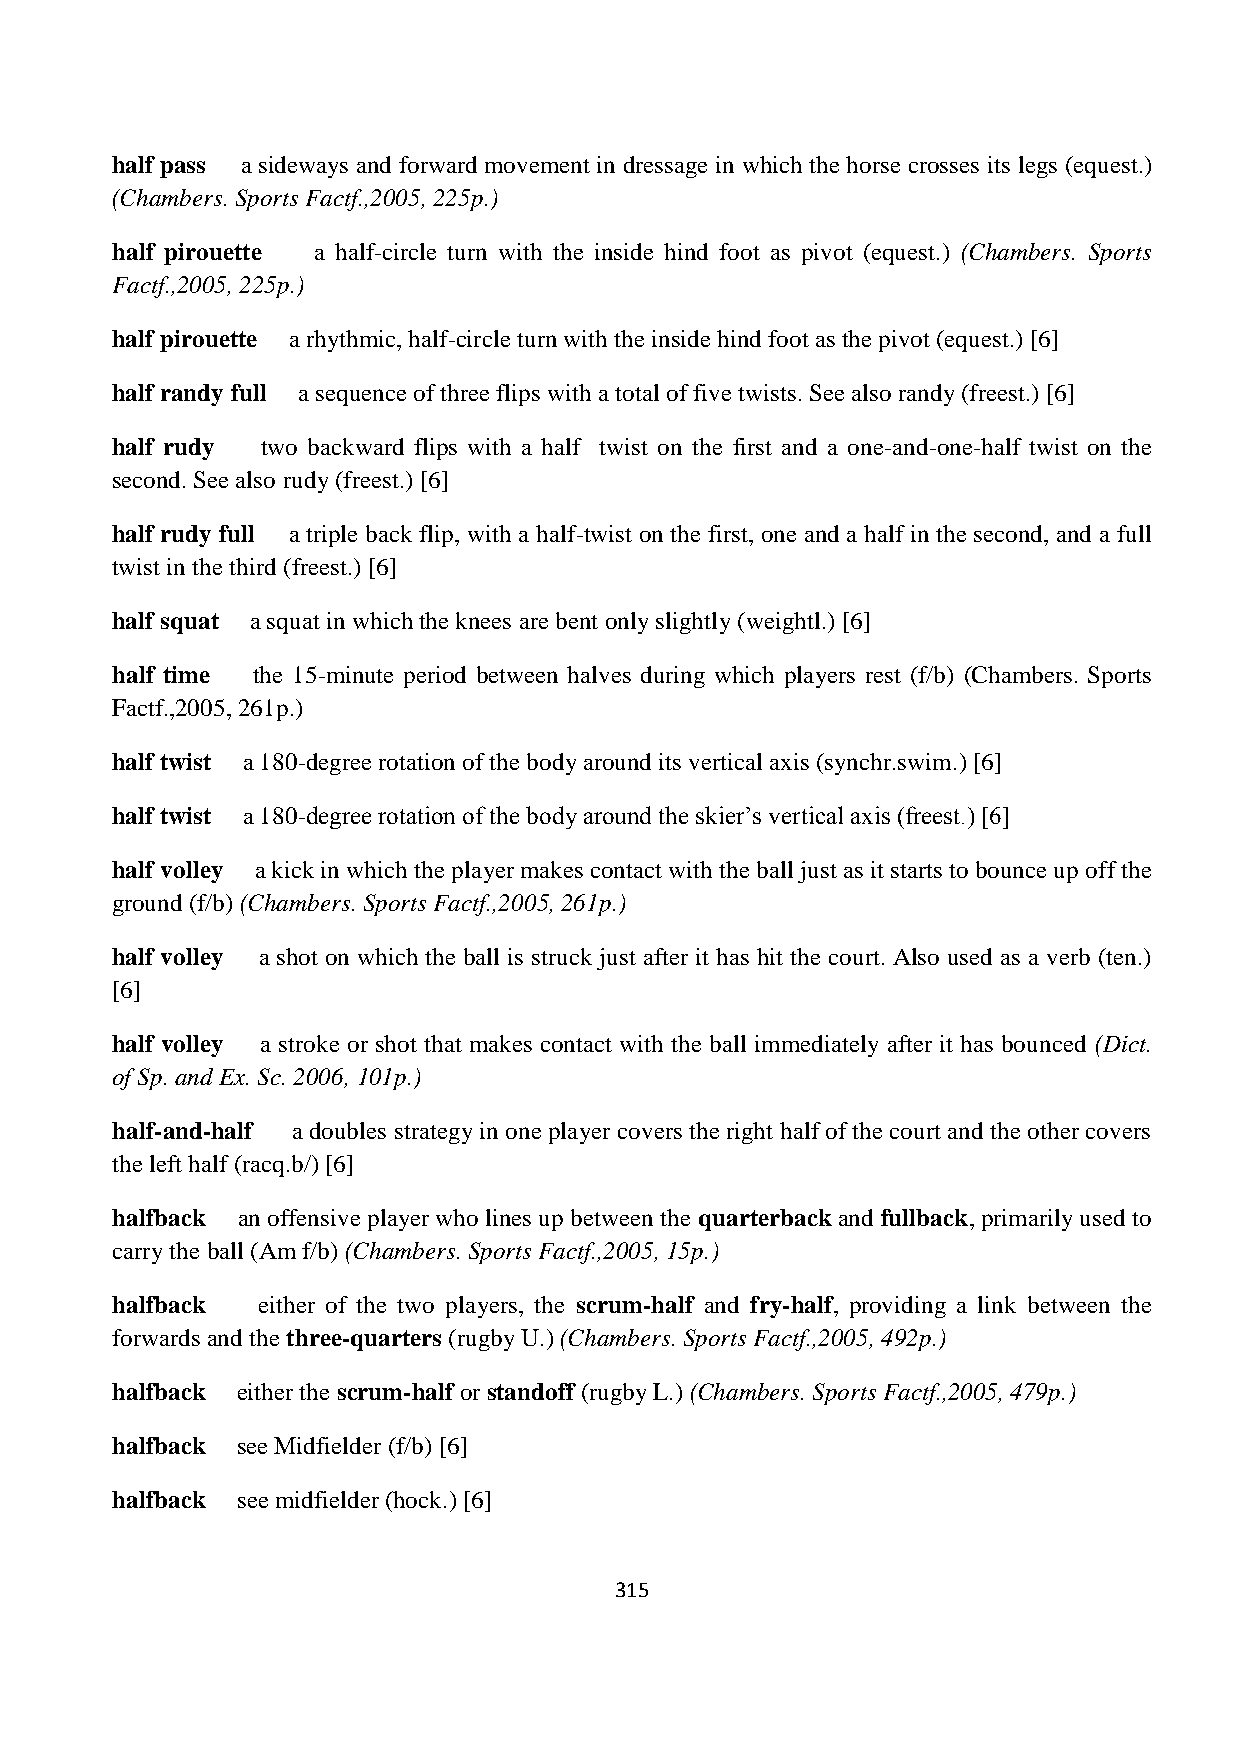
half pass a sideways and forward movement in dressage in which the horse crosses its legs (equest.)
 (Chambers. Sports Factf.,2005, 225p.)
 half pirouette a half-circle turn with the inside hind foot as pivot (equest.) (Chambers. Sports
 Factf.,2005, 225p.)
 half pirouette a rhythmic, half-circle turn with the inside hind foot as the pivot (equest.) [6]
 half randy full a sequence of three flips with a total of five twists. See also randy (freest.) [6]
 half rudy two backward flips with a half twist on the first and a one-and-one-half twist on the
 second. See also rudy (freest.) [6]
 half rudy full a triple back flip, with a half-twist on the first, one and a half in the second, and a full
 twist in the third (freest.) [6]
 half squat a squat in which the knees are bent only slightly (weightl.) [6]
 half time the 15-minute period between halves during which players rest (f/b) (Chambers. Sports
 Factf.,2005, 261p.)
 half twist a 180-degree rotation of the body around its vertical axis (synchr.swim.) [6]
 half twist a 180-degree rotation of the body around the skier‟s vertical axis (freest.) [6]
 half volley a kick in which the player makes contact with the ball just as it starts to bounce up off the
 ground (f/b) (Chambers. Sports Factf.,2005, 261p.)
 half volley a shot on which the ball is struck just after it has hit the court. Also used as a verb (ten.)
 [6]
 half volley a stroke or shot that makes contact with the ball immediately after it has bounced (Dict.
 of Sp. and Ex. Sc. 2006, 101p.)
 half-and-half a doubles strategy in one player covers the right half of the court and the other covers
 the left half (racq.b/) [6]
 halfback an offensive player who lines up between the quarterback and fullback, primarily used to
 carry the ball (Am f/b) (Chambers. Sports Factf.,2005, 15p.)
 halfback  either of the two players, the scrum-half and fry-half, providing a link between the
 forwards and the three-quarters (rugby U.) (Chambers. Sports Factf.,2005, 492p.)
 halfback either the scrum-half or standoff (rugby L.) (Chambers. Sports Factf.,2005, 479p.)
 halfback see Midfielder (f/b) [6]
 halfback see midfielder (hock.) [6]
 315